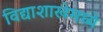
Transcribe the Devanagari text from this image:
विद्याशाखेमध्ये